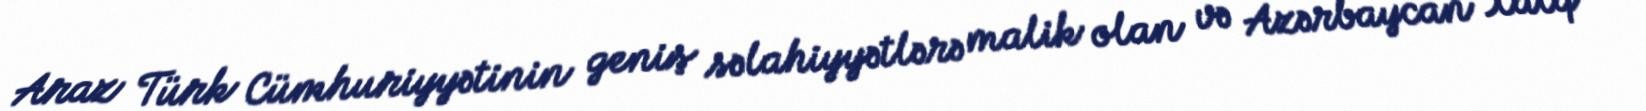
Araz Türk Cümhuriyyətinin geniş səlahiyyətlərə malik olan və Azərbaycan Xalq